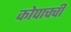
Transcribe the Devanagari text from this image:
कोपाचची